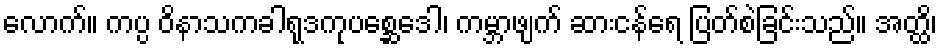
လောက်။ ကပ္ပ ဝိနာသကခါရုဒကုပစ္ဆေဒေါ၊ ကမ္ဘာဖျက် ဆားငန်ရေ ပြတ်စဲခြင်းသည်။ အတ္ထိ၊